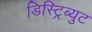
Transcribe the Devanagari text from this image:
डिस्ट्रिब्युट